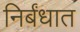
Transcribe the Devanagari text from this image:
निर्बंधात